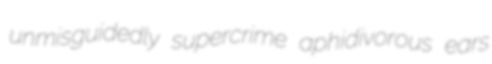
unmisguidedly supercrime aphidivorous ears